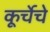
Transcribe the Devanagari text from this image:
कूर्चेचे